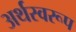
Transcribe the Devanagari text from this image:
अर्थस्वरूप